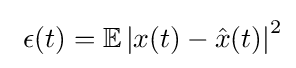
\ \epsilon (t)=\mathbb {E} \left|x(t)-{\hat {x}}(t)\right|^{2}